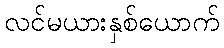
လင်မယားနှစ်ယောက်